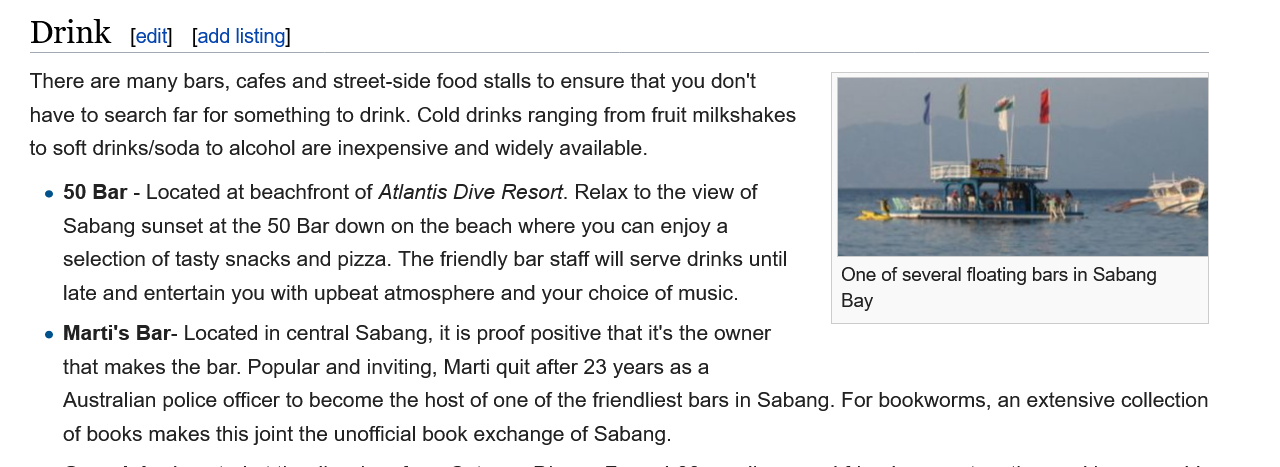
Drink
     50 Bar
     Marti's Bar-
   There are many bars, cafes and street-side food stalls to ensure that you don't
   have to search far for something to drink. Cold drinks ranging from fruit milkshakes
   to soft drinks/soda to alcohol are inexpensive and widely available.
     » 50 Bar - Located at beachfront of Atlantis Dive Resort. Relax to the view of
     Sabang  sunset at the 50 Bar down on the beach where you can enjoy a
     selection of tasty snacks and pizza. The friendly bar staff will serve drinks until
     late and entertain you with upbeat atmosphere and your choice of music.
     Marti's Bar- Located in central Sabang, it is proof positive that it's the owner
     that makes the bar. Popular and inviting, Marti quit after 23 years as a
     Australian police officer to become the host of one of the friendliest bars in Sabang. For bookworms, an extensive collection
     of books makes this joint the unofficial book exchange of Sabang.
     One of several floating bars in Sabang
     Bay
     [edit] [add listing]